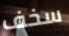
سخف